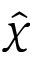
\hat { \chi }